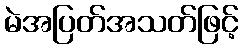
မဲအပြတ်အသတ်ဖြင့်